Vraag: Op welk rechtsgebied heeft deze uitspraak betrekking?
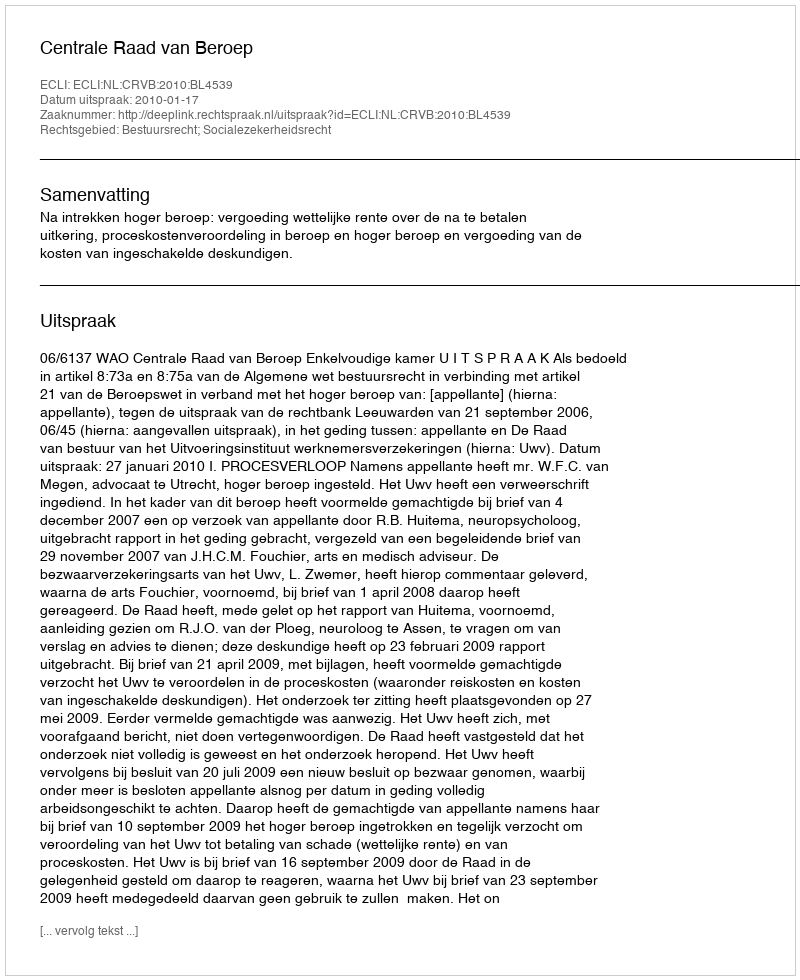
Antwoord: Bestuursrecht; Socialezekerheidsrecht